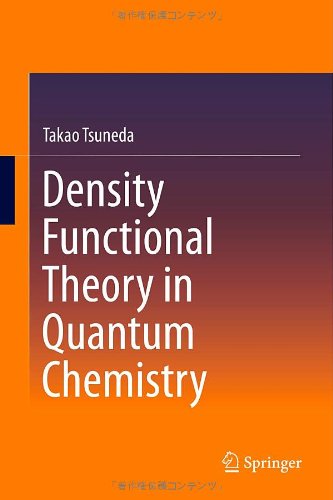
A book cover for Density Functional Theory in Quantum Chemistry; Takao Tsuneda; Science & Math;